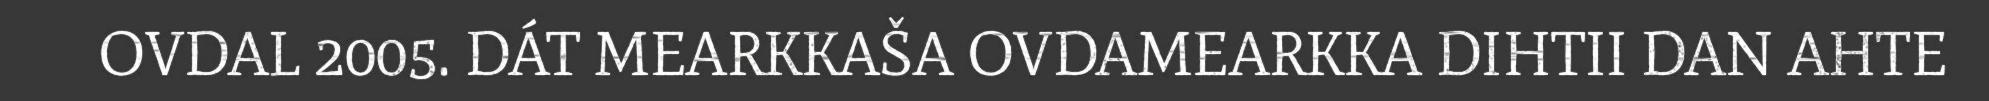
OVDAL 2005. DÁT MEARKKAŠA OVDAMEARKKA DIHTII DAN AHTE